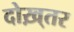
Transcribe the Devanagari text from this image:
दोख़्तर